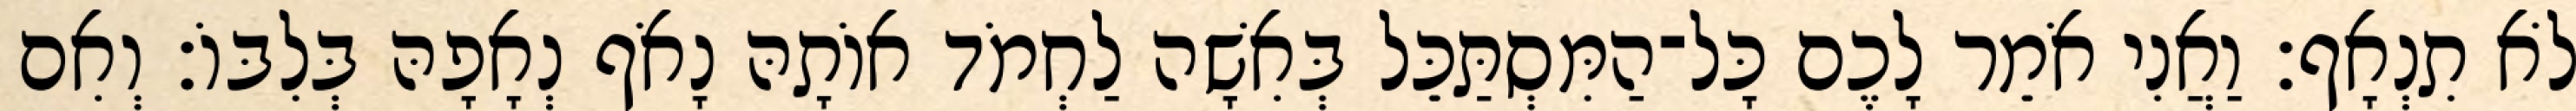
לֹא תִנְאָף׃ וַאֲנִי אֹמֵר לָכֶם כָּל־הַמִּסְתַּכֵּל בְּאִשָׁה לַחְמֹד אוֹתָהּ נָאֹף נְאָפָהּ בְּלִבּוֹ׃ וְאִם